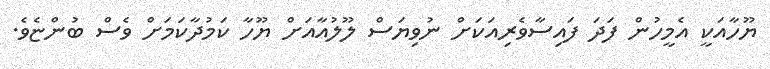
ޔޫހާއަކީ އެމީހުން ފަދަ ފައިސާވެރިއަކަށް ނުވިޔަސް ލޫލުއާއަށް ޔޫހާ ކަމުދާކަމަށް ވެސް ބުންޏެވެ.